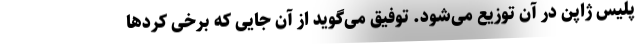
پلیس ژاپن در آن توزیع می‌شود. توفیق می‌گوید از آن جایی که برخی کرد‌ها